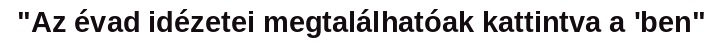
"Az évad idézetei megtalálhatóak kattintva a 'ben"